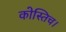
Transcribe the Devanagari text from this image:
कोस्तिच।